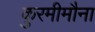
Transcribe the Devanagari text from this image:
कुरमीमौना